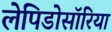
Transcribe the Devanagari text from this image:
लेपिडोसॉरिया